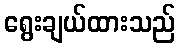
ရွေးချယ်ထားသည်